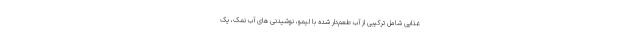
غذایی شامل ترکیبی از آب طعم‌دار شده با لیمو، نوشیدنی های آب نمک، یک